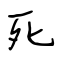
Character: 死